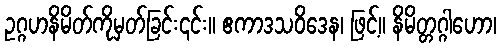
ဥဂ္ဂဟနိမိတ်ကိုမှတ်ခြင်း၎င်း။ ဧကာဒသဝိဒေန၊ ဖြင့်။ နိမိတ္တဂ္ဂါဟော၊